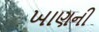
ખાણની